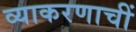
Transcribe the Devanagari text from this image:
व्याकरणाचीं